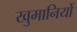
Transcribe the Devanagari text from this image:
खुमानियों